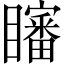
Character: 𱳗